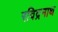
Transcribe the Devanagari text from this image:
रविद्रनाथ